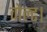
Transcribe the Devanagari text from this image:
वोल्ट।